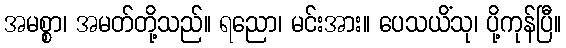
အမစ္စာ၊ အမတ်တို့သည်။ ရညော၊ မင်းအား။ ပေသယိံသု၊ ပို့ကုန်ပြီ။